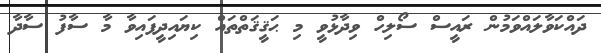
ދައްކަވާލައްވަމުން ރައީސް ސޯލިހް ވިދާޅުވީ މި ޙަޤީޤަތްތައް ކިޔައިދީފައިވާ މާ ސާފު ސާދާ